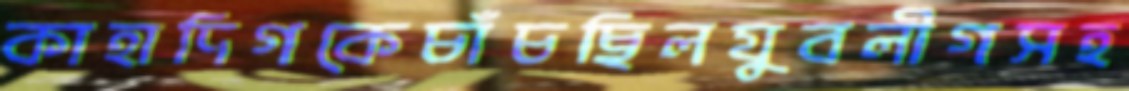
কাহাদিগকেচাঁচছিলযুবলীগসহ